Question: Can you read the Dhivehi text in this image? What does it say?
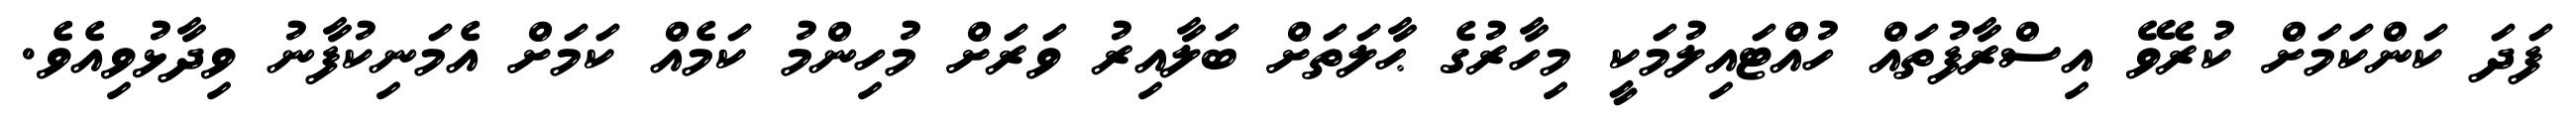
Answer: ފަދަ ކަންކަމަށް ކުރެވޭ އިސްރާފުތައް ހުއްޓައިލުމަކީ މިހާރުގެ ޙާލަތަށް ބަލާއިރު ވަރަށް މުހިންމު ކަމެއް ކަމަށް އެމަނިކުފާނު ވިދާޅުވިއެވެ.